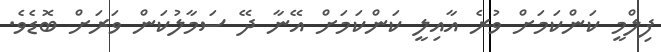
ފިލްމީ ކަންކަމަށް ވުރެ އާއިލީ ކަންކަމަށް އޭނާ ދޭ ސަމާލުކަން ވަރަށް ބޮޑެވެ.